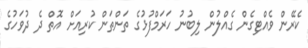
ކެރޭން ވެއްޓިގެން ގެއްލުން ލިބުނު ހަރަމްފުޅުގެ ތަންތަން ކުރިއަށް އޮތް ދެ ދުވަހުގެ